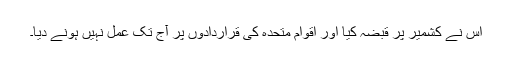
اس نے کشمیر پر قبضہ کیا اور اقوام متحدہ کی قراردادوں پر آج تک عمل نہیں ہونے دیا۔